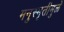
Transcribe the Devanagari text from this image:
मनुस्मृतीमुळे